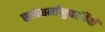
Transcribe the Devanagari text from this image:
सत्यधर्मानुयायियों